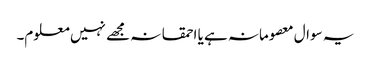
یہ سوال معصومانہ ہے یا احمقانہ مجھے نہیں معلوم۔